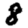
Digit: 8